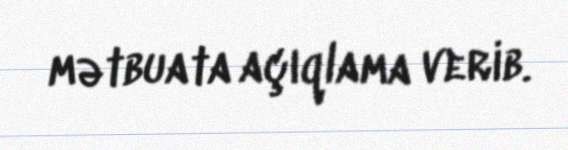
mətbuata açıqlama verib.